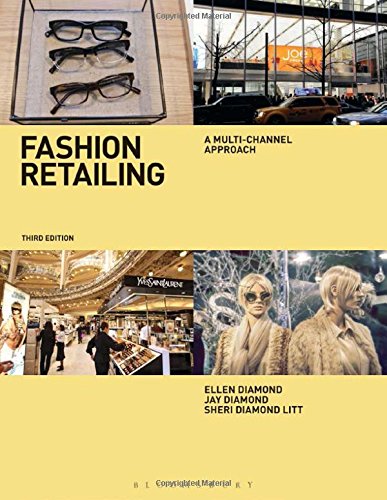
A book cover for Fashion Retailing: A Multi-Channel Approach; Jay Diamond; Business & Money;